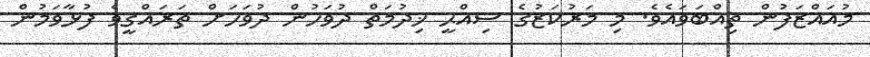
މުއައްޒަފުން ތިއްބަވައެވެ. މި މަރުކަޒުގެ ސިއްޙީ ޚިދުމަތް ދުވަހުން ދުވަހަށް ތަރައްޤީވެ ފުޅާވަމުން